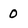
Character: 0